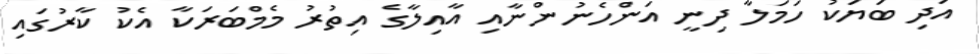
އަދި ބަޔަކު ހަމަލާ ދިނީ އަންހެނުންނާއި އާއިލާގެ އިތުރު މެމްބަރަކާ އެކު ކާރުގައި